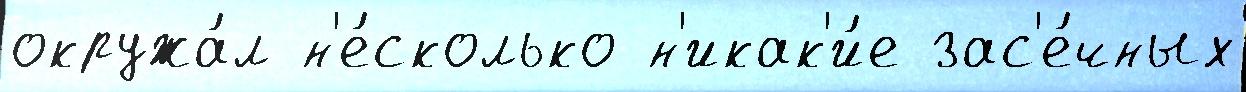
окружа́л н'е́сколько н'икак'и́е зас'е́чных